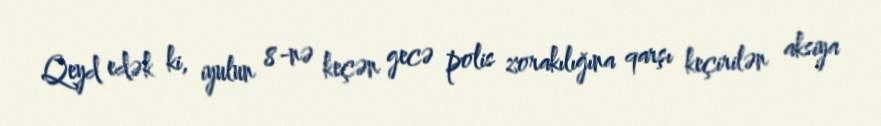
Qeyd edək ki, iyulun 8-nə keçən gecə polis zorakılığına qarşı keçirilən aksiya